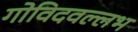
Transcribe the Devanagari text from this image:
गोविदवल्लभ